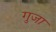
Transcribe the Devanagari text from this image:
गुजा